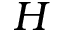
H